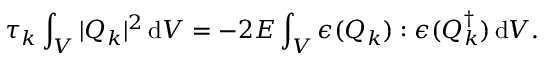
\tau _ { k } \int _ { V } | \boldsymbol { Q } _ { k } | ^ { 2 } \, \mathrm { d } V = - 2 E \int _ { V } \boldsymbol { \epsilon } ( \boldsymbol { Q } _ { k } ) : \boldsymbol { \epsilon } ( \boldsymbol { Q } _ { k } ^ { \dagger } ) \, \mathrm { d } V .